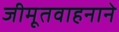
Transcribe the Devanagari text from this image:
जीमूतवाहनाने